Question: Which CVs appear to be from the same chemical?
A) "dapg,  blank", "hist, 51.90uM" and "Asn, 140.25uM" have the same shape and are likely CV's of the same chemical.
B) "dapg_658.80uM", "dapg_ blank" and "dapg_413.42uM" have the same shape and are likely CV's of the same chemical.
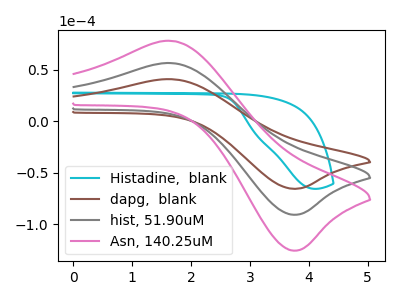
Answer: <think>The cyan curve "Histadine,  blank" has no peaks. The brown curve "dapg,  blank" has an anodic peak at (1.70V, 40.70uA) and a cathodic peak at (3.75V, -65.75uA). The gray curve "hist, 51.90uM" has an anodic peak at (1.70V, 56.35uA) and a cathodic peak at (3.75V, -90.95uA). The pink curve "Asn, 140.25uM" has an anodic peak at (1.70V, 112.65uA) and a cathodic peak at (3.75V, -181.85uA).
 "Histadine,  blank" and "dapg,  blank" have a different number of peaks. "Histadine,  blank" and "hist, 51.90uM" have a different number of peaks. "Histadine,  blank" and "Asn, 140.25uM" have a different number of peaks. All the peaks in "dapg,  blank" have a peak in "hist, 51.90uM" at the same potential. Every peak in "dapg,  blank" is lower than every peak in "hist, 51.90uM". All the peaks in "dapg,  blank" have a peak in "Asn, 140.25uM" at the same potential. Every peak in "dapg,  blank" is lower than every peak in "Asn, 140.25uM". All the peaks in "hist, 51.90uM" have a peak in "Asn, 140.25uM" at the same potential. Every peak in "hist, 51.90uM" is lower than every peak in "Asn, 140.25uM".</think>
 <answer>A) "dapg,  blank", "hist, 51.90uM" and "Asn, 140.25uM" have the same shape and are likely CV's of the same chemical.</answer>
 <eval>A</eval>